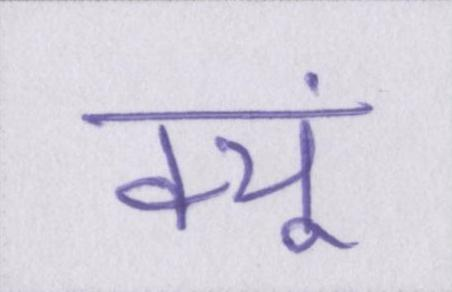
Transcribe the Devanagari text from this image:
क्यूं